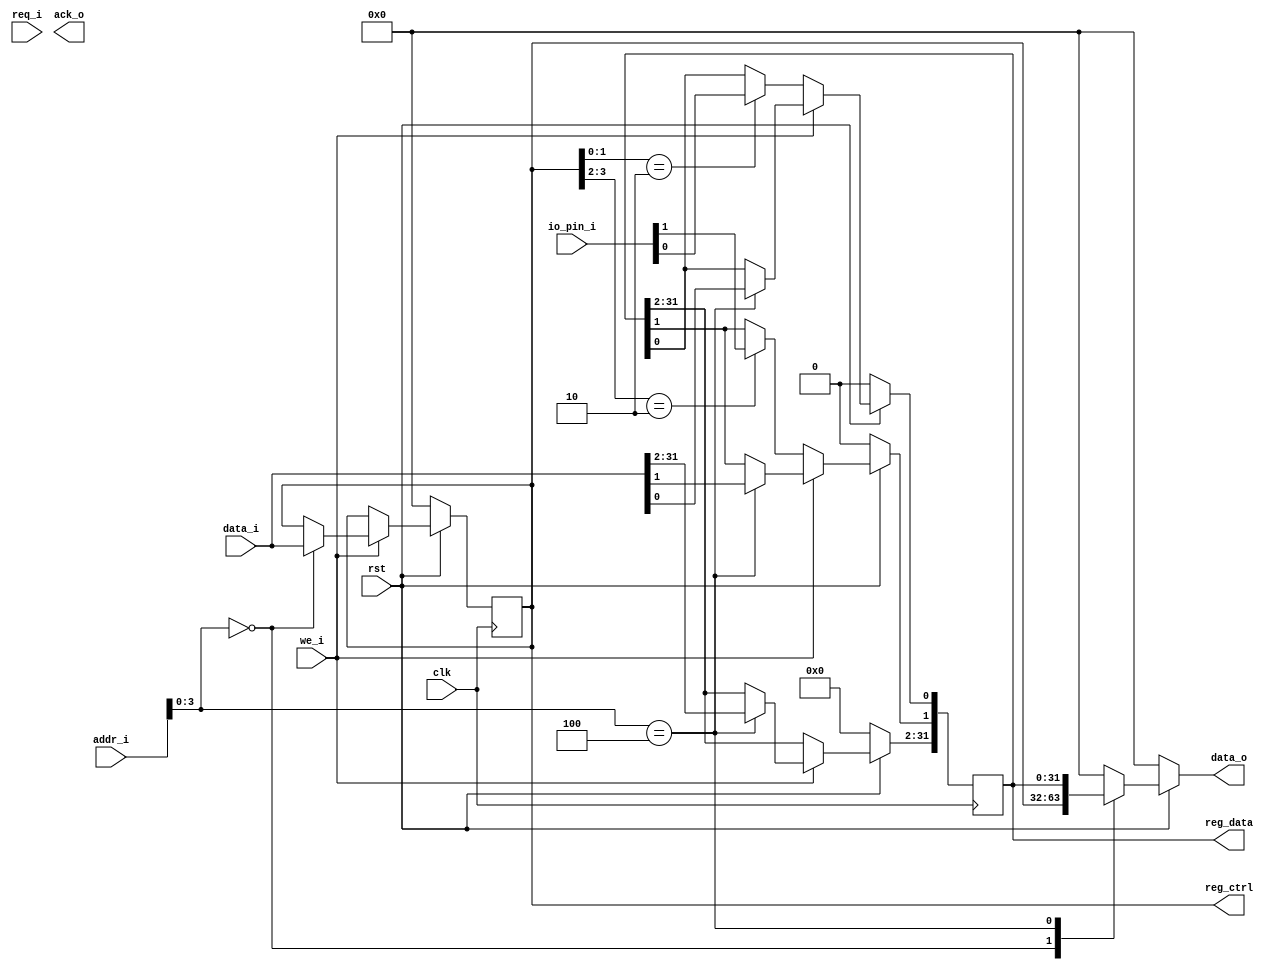


// GPIO
module gpio(

    input wire clk,
	input wire rst,

    input wire we_i,
    input wire req_i,
    input wire[31:0] addr_i,
    input wire[31:0] data_i,

    output reg[31:0] data_o,
    output reg ack_o,

    input wire[1:0] io_pin_i,
    output wire[31:0] reg_ctrl,
    output wire[31:0] reg_data

    );


    // 
    localparam GPIO_CTRL = 4'h0;
    // 
    localparam GPIO_DATA = 4'h4;

    // 
    // ?
    reg[31:0] gpio_ctrl;
    // 
    reg[31:0] gpio_data;


    assign reg_ctrl = gpio_ctrl;
    assign reg_data = gpio_data;


    // 
    always @ (posedge clk) begin
        if (rst == 1'b0) begin
            gpio_data <= 32'h0;
            gpio_ctrl <= 32'h0;
        end else begin
            if (we_i == 1'b1) begin
                case (addr_i[3:0])
                    GPIO_CTRL: begin
                        gpio_ctrl <= data_i;
                    end
                    GPIO_DATA: begin
                        gpio_data <= data_i;
                    end
                endcase
            end else begin
                if (gpio_ctrl[1:0] == 2'b10) begin
                    gpio_data[0] <= io_pin_i[0];
                end
                if (gpio_ctrl[3:2] == 2'b10) begin
                    gpio_data[1] <= io_pin_i[1];
                end
            end
        end
    end

    // 
    always @ (*) begin
        if (rst == 1'b0) begin
            data_o = 32'h0;
        end else begin
            case (addr_i[3:0])
                GPIO_CTRL: begin
                    data_o = gpio_ctrl;
                end
                GPIO_DATA: begin
                    data_o = gpio_data;
                end
                default: begin
                    data_o = 32'h0;
                end
            endcase
        end
    end

endmodule